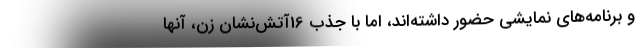
و برنامه‌های نمایشی حضور داشته‌اند، اما با جذب 16آتش‌نشان زن، آنها